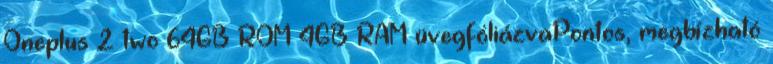
Oneplus 2 two 64GB ROM 4GB RAM üvegfóliázvaPontos, megbízható